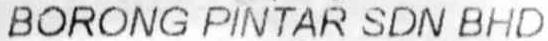
BORONG PINTAR SDN BHD